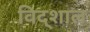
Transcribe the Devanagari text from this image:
विद्शाल